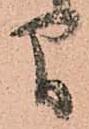
間